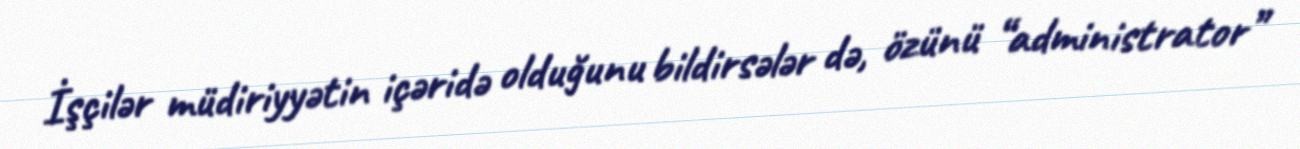
İşçilər müdiriyyətin içəridə olduğunu bildirsələr də, özünü “administrator”